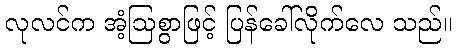
လုလင်က အံ့ဩစွာဖြင့် ပြန်ခေါ်လိုက်လေ သည်။